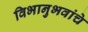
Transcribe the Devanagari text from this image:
विभानुभवांचे